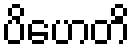
ပိဟေတိ